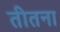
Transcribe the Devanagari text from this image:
तीतना